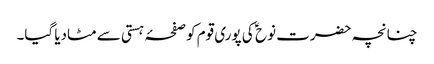
چنانچہ حضرت نوح ؑ کی پوری قوم کو صفحۂ ہستی سے مٹادیا گیا۔